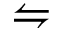
\leftrightharpoons